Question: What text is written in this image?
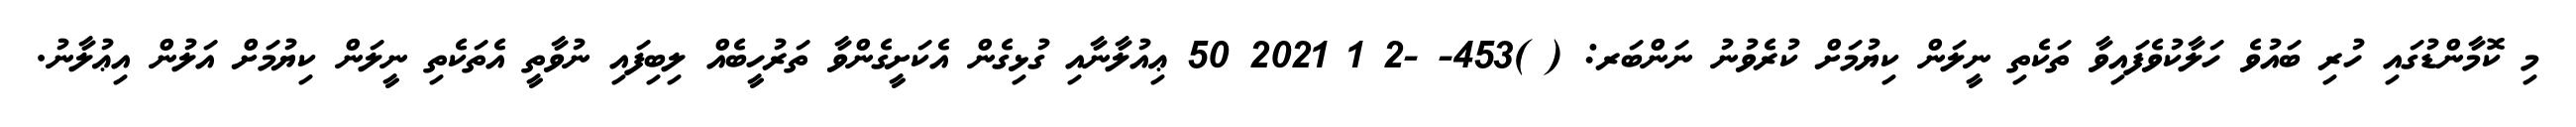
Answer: މި ކޮމާންޑުގައި ހުރި ބައުވެ ހަލާކުވެފައިވާ ތަކެތި ނީލަން ކިޔުމަށް ކުރެވުނު ނަންބަރ: ( )453- -2 1 2021 50 ޢިއުލާނާއި ގުޅިގެން އެކަށީގެންވާ ތަރުހީބެއް ލިބިފައި ނުވާތީ އެތަކެތި ނީލަން ކިޔުމަށް އަލުން އިޢުލާނު.